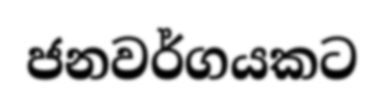
ජනවර්ගයකට